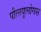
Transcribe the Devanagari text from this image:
पीलयूलोगस